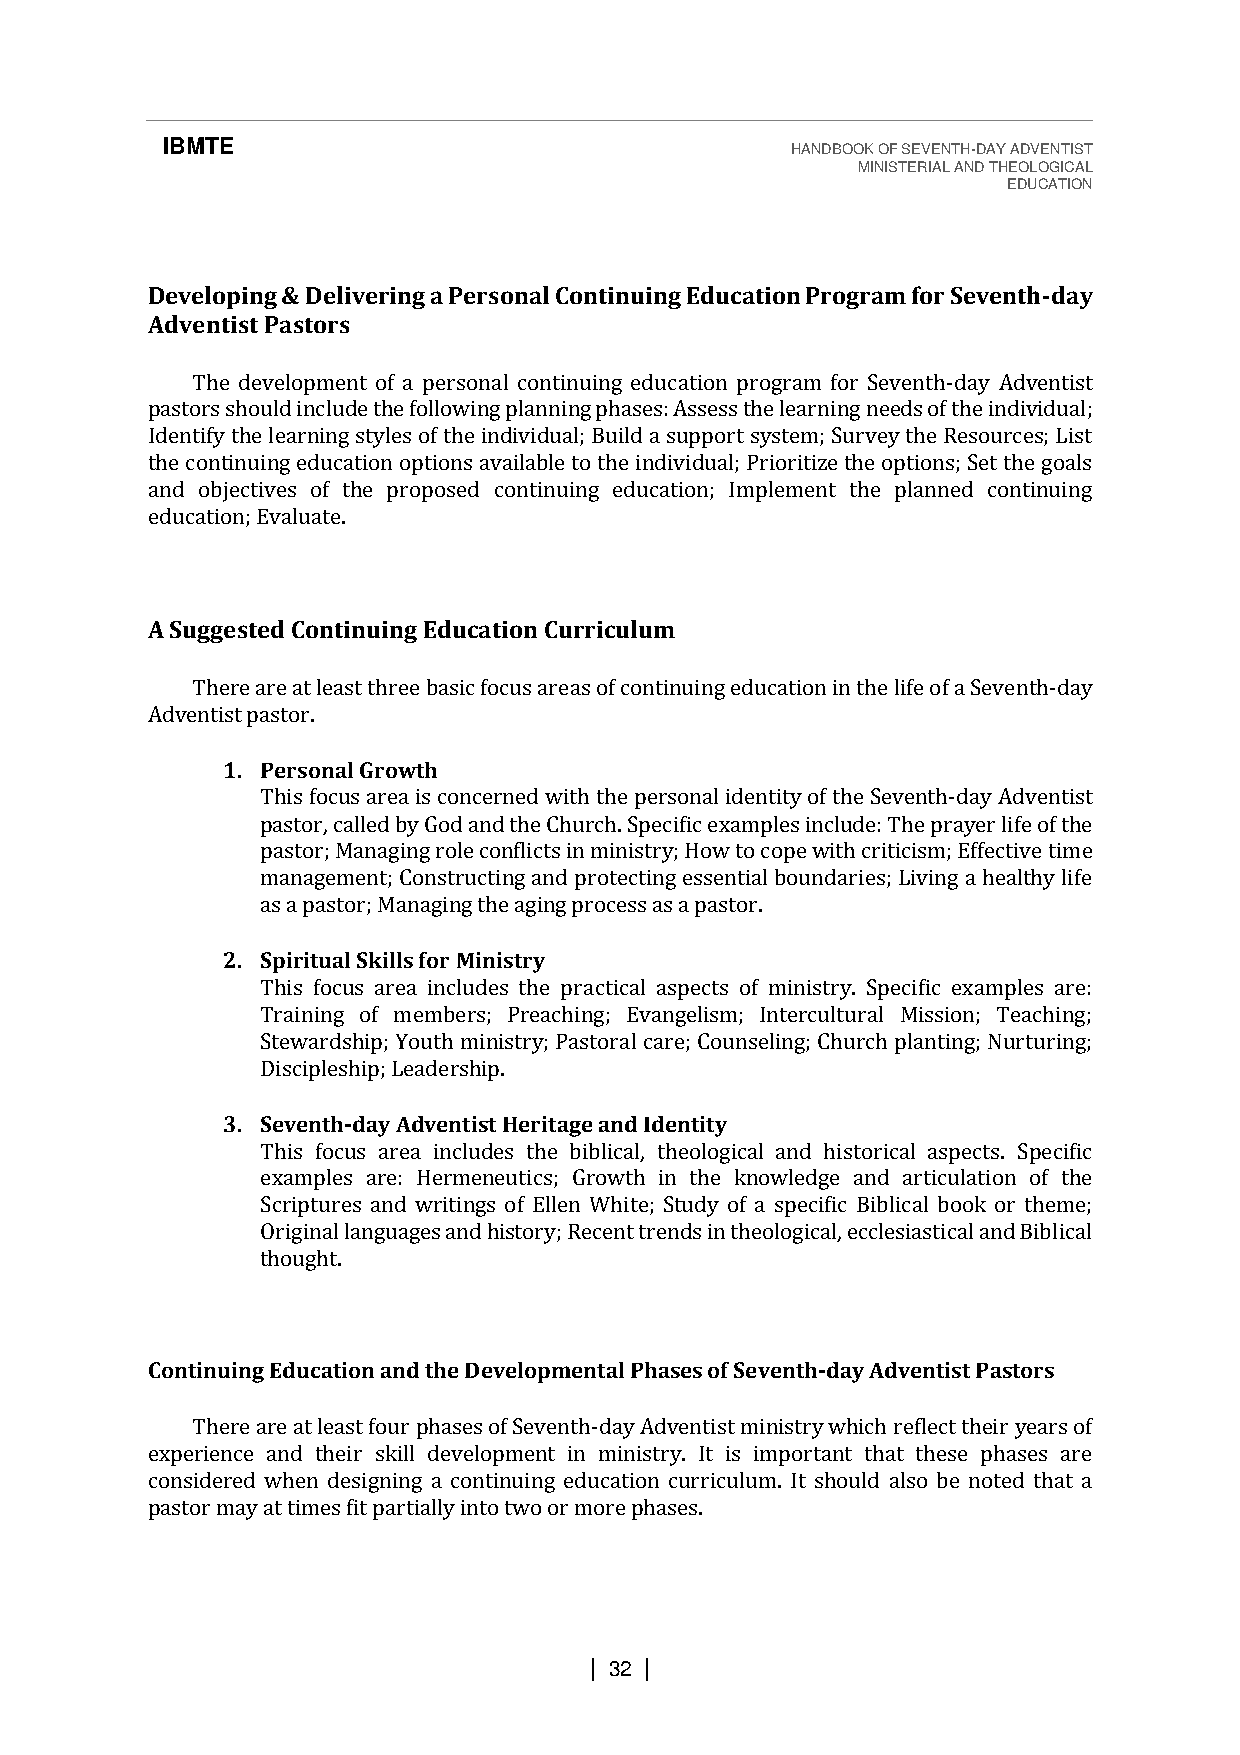
IBMTE                                    HANDBOOK OF SEVENTH-DAY ADVENTIST
 MINISTERIAL AND THEOLOGICAL
 EDUCATION
 Developing & Delivering a Personal Continuing Education Program for Seventh-day
 Adventist Pastors
 The development of a personal continuing education program for Seventh-day Adventist
 pastors should include the following planning phases: Assess the learning needs of the individual;
 Identify the learning styles of the individual; Build a support system; Survey the Resources; List
 the continuing education options available to the individual; Prioritize the options; Set the goals
 and objectives of the proposed continuing education; Implement the planned continuing
 education; Evaluate.
 A Suggested Continuing Education Curriculum
 There are at least three basic focus areas of continuing education in the life of a Seventh-day
 Adventist pastor.
 1. Personal Growth
 This focus area is concerned with the personal identity of the Seventh-day Adventist
 pastor, called by God and the Church. Specific examples include: The prayer life of the
 pastor; Managing role conflicts in ministry; How to cope with criticism; Effective time
 management; Constructing and protecting essential boundaries; Living a healthy life
 as a pastor; Managing the aging process as a pastor.
 2. Spiritual Skills for Ministry
 This focus area includes the practical aspects of ministry. Specific examples are:
 Training of members; Preaching; Evangelism; Intercultural Mission; Teaching;
 Stewardship; Youth ministry; Pastoral care; Counseling; Church planting; Nurturing;
 Discipleship; Leadership.
 3. Seventh-day Adventist Heritage and Identity
 This focus area includes the biblical, theological and historical aspects. Specific
 examples are: Hermeneutics; Growth in the knowledge and articulation of the
 Scriptures and writings of Ellen White; Study of a specific Biblical book or theme;
 Original languages and history; Recent trends in theological, ecclesiastical and Biblical
 thought.
 Continuing Education and the Developmental Phases of Seventh-day Adventist Pastors
 There are at least four phases of Seventh-day Adventist ministry which reflect their years of
 experience and their skill development in ministry. It is important that these phases are
 considered when designing a continuing education curriculum. It should also be noted that a
 pastor may at times fit partially into two or more phases.
 | 32 |